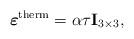
LaTeX: \begin{align*}\boldsymbol{\varepsilon}^{\mathrm{therm}} = \alpha \tau \mathbf{I}_{3 \times 3},\end{align*}